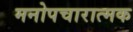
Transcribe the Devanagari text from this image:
मनोपचारात्मक